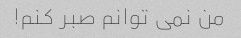
من نمی توانم صبر کنم!